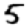
Digit: 5